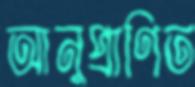
আনুপ্রাণিত